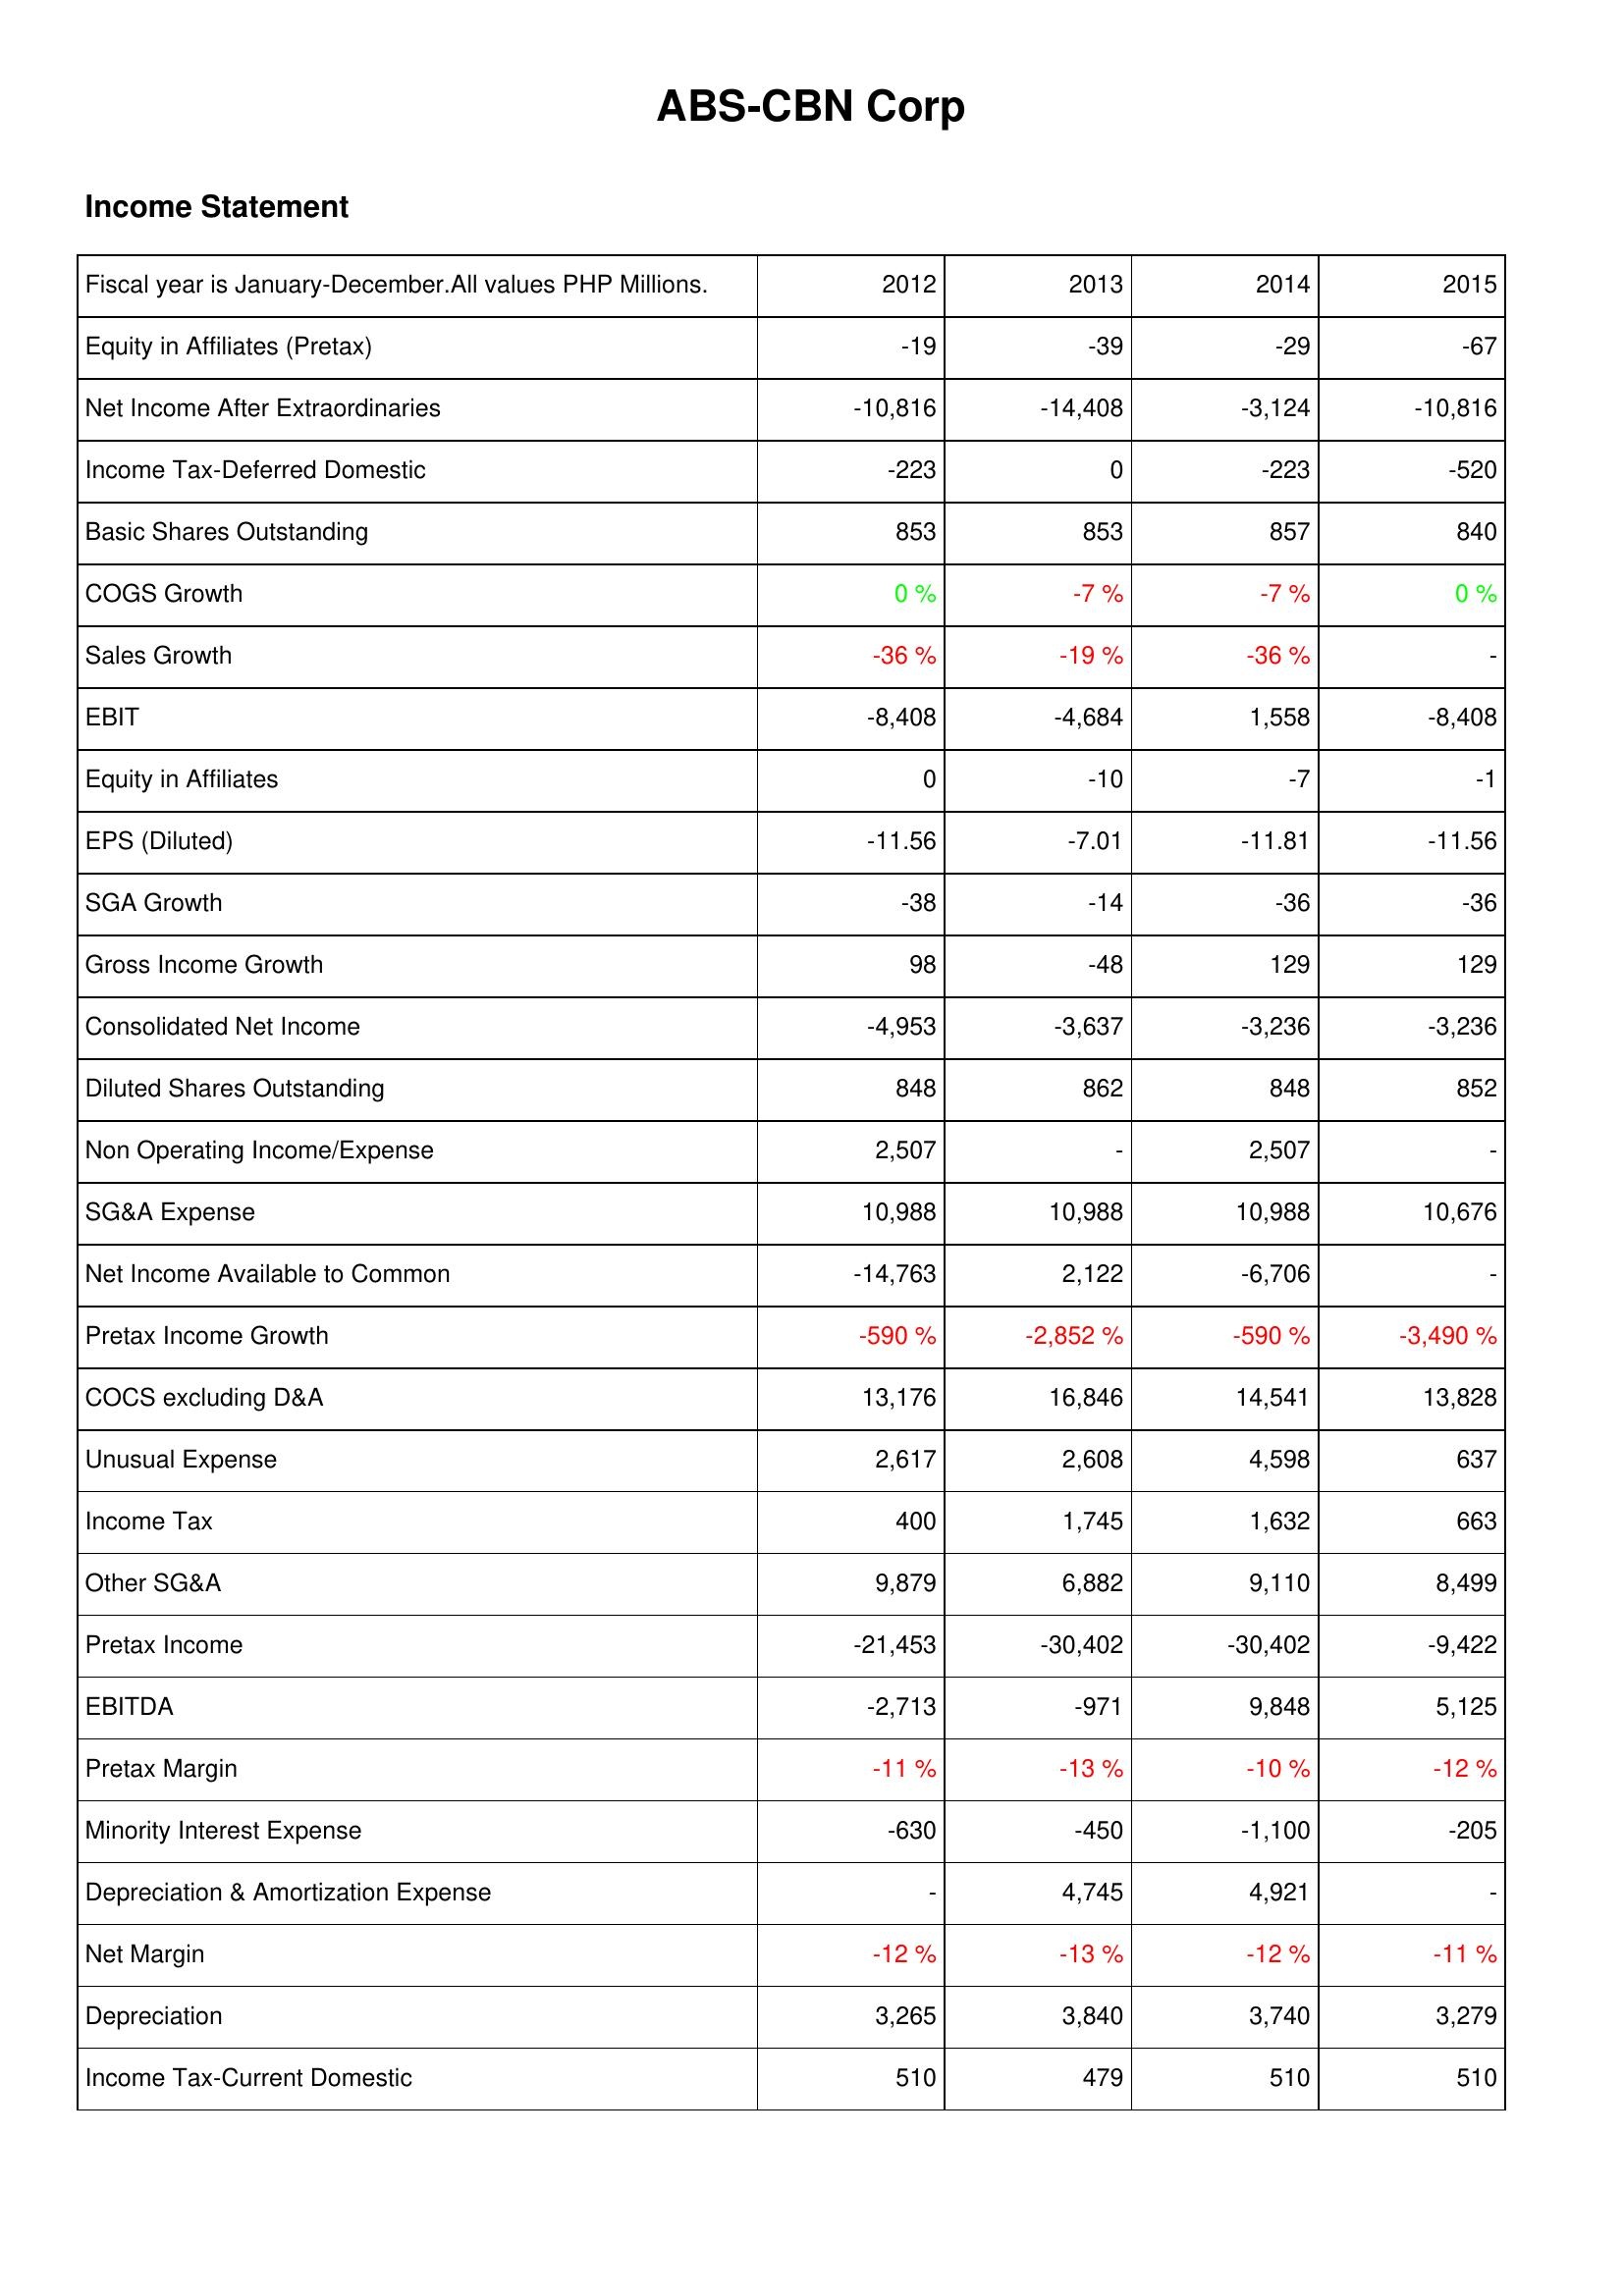
2012: Income Statement: Equity in Affiliates (Pretax): -19
Net Income After Extraordinaries: -10,816
Income Tax-Deferred Domestic: -223
Basic Shares Outstanding: 853
COGS Growth: 0 %
Sales Growth: -36 %
EBIT: -8,408
Equity in Affiliates: 0
EPS (Diluted): -11.56
SGA Growth: -38
Gross Income Growth: 98
Consolidated Net Income: -4,953
Diluted Shares Outstanding: 848
Non Operating Income/Expense: 2,507
SG&A Expense: 10,988
Net Income Available to Common: -14,763
Pretax Income Growth: -590 %
COCS excluding D&A: 13,176
Unusual Expense: 2,617
Income Tax: 400
Other SG&A: 9,879
Pretax Income: -21,453
EBITDA: -2,713
Pretax Margin: -11 %
Minority Interest Expense: -630
Depreciation & Amortization Expense: -
Net Margin: -12 %
Depreciation: 3,265
Income Tax-Current Domestic: 510
2013: Income Statement: Equity in Affiliates (Pretax): -39
Net Income After Extraordinaries: -14,408
Income Tax-Deferred Domestic: 0
Basic Shares Outstanding: 853
COGS Growth: -7 %
Sales Growth: -19 %
EBIT: -4,684
Equity in Affiliates: -10
EPS (Diluted): -7.01
SGA Growth: -14
Gross Income Growth: -48
Consolidated Net Income: -3,637
Diluted Shares Outstanding: 862
Non Operating Income/Expense: -
SG&A Expense: 10,988
Net Income Available to Common: 2,122
Pretax Income Growth: -2,852 %
COCS excluding D&A: 16,846
Unusual Expense: 2,608
Income Tax: 1,745
Other SG&A: 6,882
Pretax Income: -30,402
EBITDA: -971
Pretax Margin: -13 %
Minority Interest Expense: -450
Depreciation & Amortization Expense: 4,745
Net Margin: -13 %
Depreciation: 3,840
Income Tax-Current Domestic: 479
2014: Income Statement: Equity in Affiliates (Pretax): -29
Net Income After Extraordinaries: -3,124
Income Tax-Deferred Domestic: -223
Basic Shares Outstanding: 857
COGS Growth: -7 %
Sales Growth: -36 %
EBIT: 1,558
Equity in Affiliates: -7
EPS (Diluted): -11.81
SGA Growth: -36
Gross Income Growth: 129
Consolidated Net Income: -3,236
Diluted Shares Outstanding: 848
Non Operating Income/Expense: 2,507
SG&A Expense: 10,988
Net Income Available to Common: -6,706
Pretax Income Growth: -590 %
COCS excluding D&A: 14,541
Unusual Expense: 4,598
Income Tax: 1,632
Other SG&A: 9,110
Pretax Income: -30,402
EBITDA: 9,848
Pretax Margin: -10 %
Minority Interest Expense: -1,100
Depreciation & Amortization Expense: 4,921
Net Margin: -12 %
Depreciation: 3,740
Income Tax-Current Domestic: 510
2015: Income Statement: Equity in Affiliates (Pretax): -67
Net Income After Extraordinaries: -10,816
Income Tax-Deferred Domestic: -520
Basic Shares Outstanding: 840
COGS Growth: 0 %
Sales Growth: -
EBIT: -8,408
Equity in Affiliates: -1
EPS (Diluted): -11.56
SGA Growth: -36
Gross Income Growth: 129
Consolidated Net Income: -3,236
Diluted Shares Outstanding: 852
Non Operating Income/Expense: -
SG&A Expense: 10,676
Net Income Available to Common: -
Pretax Income Growth: -3,490 %
COCS excluding D&A: 13,828
Unusual Expense: 637
Income Tax: 663
Other SG&A: 8,499
Pretax Income: -9,422
EBITDA: 5,125
Pretax Margin: -12 %
Minority Interest Expense: -205
Depreciation & Amortization Expense: -
Net Margin: -11 %
Depreciation: 3,279
Income Tax-Current Domestic: 510